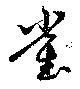
雀